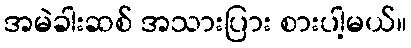
အမဲခါးဆစ် အသားပြား စားပါ့မယ်။